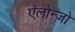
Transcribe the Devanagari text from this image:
ऍलोन्ज़ो